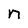
Character: n